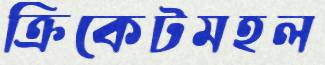
ক্রিকেটমহল